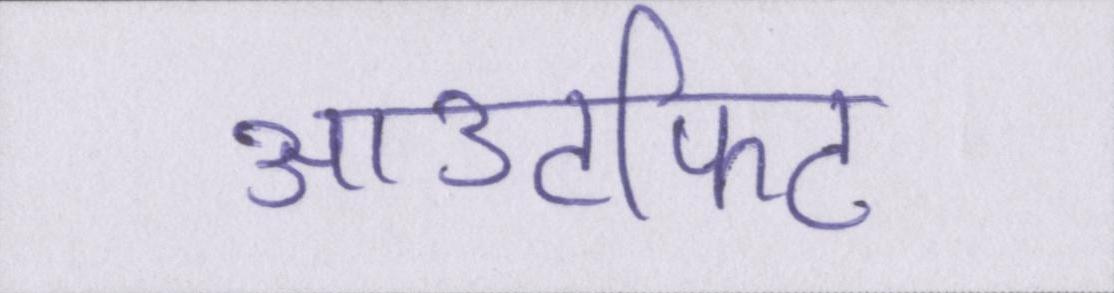
आउटफिट